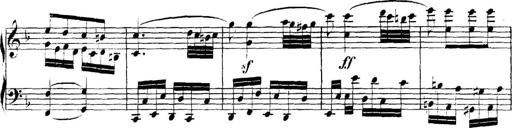
Title: Collected Piano Sonatas
Composer: Muzio Clementi